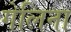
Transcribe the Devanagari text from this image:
गेलिना